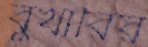
বুখারির